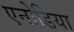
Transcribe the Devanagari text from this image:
एनोडिया